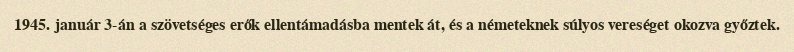
1945. január 3-án a szövetséges erők ellentámadásba mentek át, és a németeknek súlyos vereséget okozva győztek.